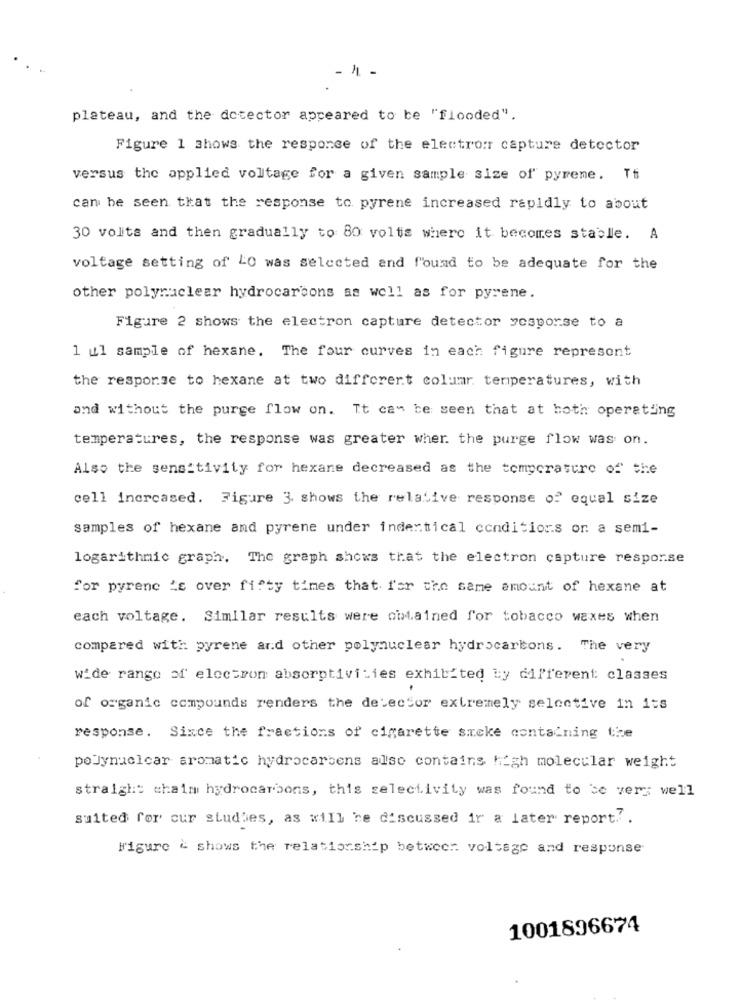
- 1. -
plateau, and the docector appeared to be "flooded".
Figure 1 shows the response of the electrom capture detector
versus the applied voltage for a given sample size of pyrene. Tt
can be seen that the response to pyrene increased rapidly to about
30 volts and then gradually to 80 volts where it becomes stable. A
voltage setting of LO was selected and found to be adequate for the
other polynuclear hydrocarbons as well as for pyrene.
Figure 2 shows the electron capture detector yesporse to a
1 ul sample of hexane. The four curves in each figure represent
the response to hexane at two different columr temperatures, with
and without the purge flow on. It can be seen that at hoth operating
temperatures, the response was greater wher. the purge flow was on.
Also the sensitivity for hexane decreased as the tompcratere of the
cell increased. Figure 3. shows the relative response of equal size
samples of hexane and pyrene under indentical conditions on a semi-
logarithmic graph. The graph shows that the electron capture response
for pyrene 's over fifty times that for the same amount of hexane at
each voltage. Similar results were obtained for tobacco waxes when
compared with pyrene and other polynuclear hydrocarbons. The very
wide range of electron absorptivities exhibited by different: classes
of organic compounds renders the detector extremely selective in its
response. Since the fractions of cigarette sicke containing the
poJynuclear aromatic hydrocarsens also contains high molecular weight
straight chaim hydrocarbons, this selectivity was found to se vers well
suited for cur studies, as will be discussed ir a later report ..
Figure & shows the relationship between voltage and response
1001896674